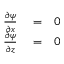
\begin{array} { r l r } { \frac { \partial \psi } { \partial x } } & { { } = } & { 0 } \\ { \frac { \partial \psi } { \partial z } } & { { } = } & { 0 } \end{array}